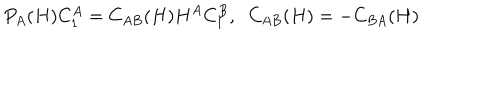
P _ { A } ( H ) C _ { 1 } ^ { A } = C _ { A B } ( H ) H ^ { A } C _ { 1 } ^ { B } , \; \; C _ { A B } ( H ) = - C _ { B A } ( H )